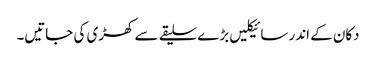
دکان کے اندر سائیکلیں بڑے سلیقے سے کھڑی کی جاتیں۔